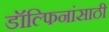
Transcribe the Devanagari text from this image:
डॉल्फिनांसाठी